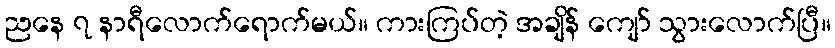
ညနေ ၇ နာရီလောက်ရောက်မယ်။ ကားကြပ်တဲ့ အချိန် ကျော် သွားလောက်ပြီ။